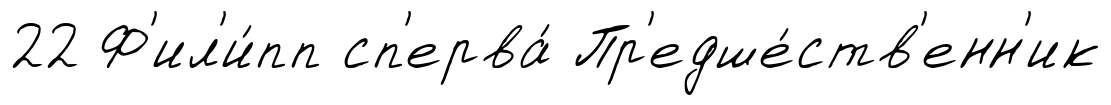
22 Ф'ил'и́пп сп'ерва́ Пр'едше́ств'енн'ик